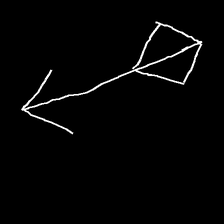
Glyph: focus